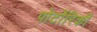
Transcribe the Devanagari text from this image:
पोर्टोरिकी